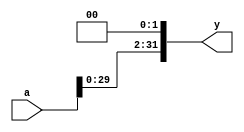
module sl2 #(parameter DW = 32) (
input [DW-1:0] a,
output [DW-1:0] y);

assign y = {a[29:0], 2'b00};
endmodule